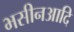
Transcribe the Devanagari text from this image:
भसीनआदि